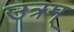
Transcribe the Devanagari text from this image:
उत्रम्